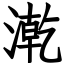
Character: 漧